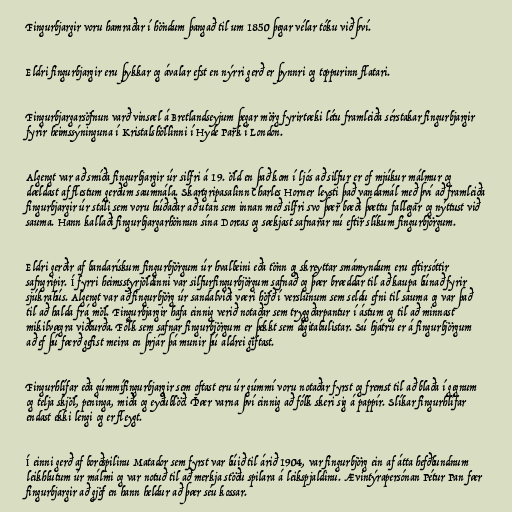
Fingurbjargir voru hamraðar í höndum þangað til um 1850 þegar vélar tóku við því.

Eldri fingurbjargir eru þykkar og ávalar efst en nýrri gerð er þynnri og toppurinn flatari.

Fingurbjargarsöfnun varð vinsæl á Bretlandseyjum þegar mörg fyrirtæki létu framleiða sérstakar fingurbjargir
fyrir heimssýninguna í Kristalshöllinni í Hyde Park í London.

Algengt var að smíða fingurbjargir úr silfri á 19. öld en það kom í ljós að silfur er of mjúkur málmur og
dældast af flestum gerðum saumnála. Skartgripasalinn Charles Horner leysti það vandamál með því að framleiða
fingurbjargir úr stáli sem voru húðaðar að utan sem innan með silfri svo þær bæði þættu fallegar og nýttust við
sauma. Hann kallaði fingurbjargarhönnun sína Dorcas og sækjast safnarar nú eftir slíkum fingurbjörgum.

Eldri gerðir af bandarískum fingurbjörgum úr hvalbeini eða tönn og skreyttar smámyndum eru eftirsóttir
safngripir. Í fyrri heimsstyrjöldinni var silfurfingurbjörgum safnað og þær bræddar til að kaupa búnað fyrir
sjúkrahús. Algengt var að fingurbjörg úr sandalviði væri höfð í verslunum sem seldu efni til sauma og var það
til að halda frá möl. Fingurbjargir hafa einnig verið notaðar sem tryggðarpantur í ástum og til að minnast
mikilvægra viðburða. Fólk sem safnar fingurbjörgum er þekkt sem digitabulistar. Sú hjátrú er á fingurbjörgum
að ef þú færð gefist meira en þrjár þá munir þú aldrei giftast.

Fingurhlífar eða gúmmífingurbjargir sem oftast eru úr gúmmí voru notaðar fyrst og fremst til að blaða í gegnum
og telja skjöl, peninga, miða og eyðublöð. Þær varna því einnig að fólk skeri sig á pappír. Slíkar fingurhlífar
endast ekki lengi og er fleygt.

Í einni gerð af borðspilinu Matador sem fyrst var búið til árið 1904, var fingurbjörg ein af átta hefðbundnum
leikhlutum úr málmi og var notuð til að merkja stöðu spilara á leikspjaldinu. Ævintýrapersónan Pétur Pan fær
fingurbjargir að gjöf en hann heldur að þær séu kossar.